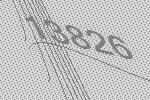
13826